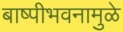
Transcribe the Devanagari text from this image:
बाष्पीभवनामुळे